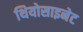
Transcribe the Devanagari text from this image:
थियोसाइनेट